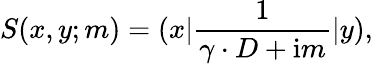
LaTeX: S(x,y;m)=(x|\frac 1{\gamma\cdot D+\mathrm{i}m}|y),